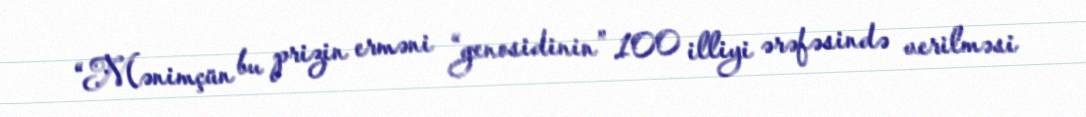
“Mənimçün bu prizin erməni “genosidinin” 100 illiyi ərəfəsində verilməsi